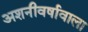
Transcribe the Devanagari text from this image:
अशनीवर्षावाला